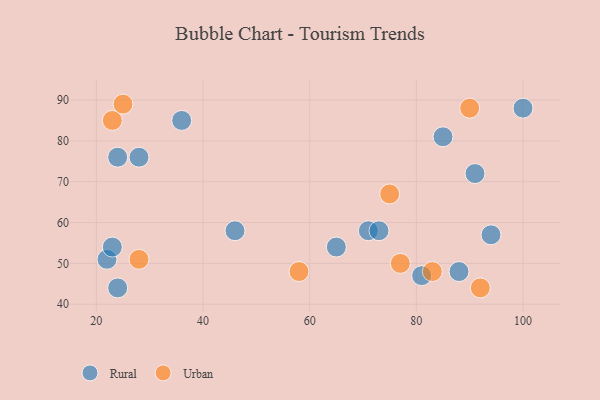
{"axis": {"x": "GDP", "y": "Life Expectancy"}, "legend": ["Rural", "Urban"], "data": [{"x": "24", "y": 76, "type": "Rural"}, {"x": "88", "y": 48, "type": "Rural"}, {"x": "71", "y": 58, "type": "Rural"}, {"x": "24", "y": 44, "type": "Rural"}, {"x": "36", "y": 85, "type": "Rural"}, {"x": "73", "y": 58, "type": "Rural"}, {"x": "100", "y": 88, "type": "Rural"}, {"x": "85", "y": 81, "type": "Rural"}, {"x": "81", "y": 47, "type": "Rural"}, {"x": "22", "y": 51, "type": "Rural"}, {"x": "28", "y": 76, "type": "Rural"}, {"x": "91", "y": 72, "type": "Rural"}, {"x": "94", "y": 57, "type": "Rural"}, {"x": "65", "y": 54, "type": "Rural"}, {"x": "23", "y": 54, "type": "Rural"}, {"x": "46", "y": 58, "type": "Rural"}, {"x": "75", "y": 67, "type": "Urban"}, {"x": "58", "y": 48, "type": "Urban"}, {"x": "23", "y": 85, "type": "Urban"}, {"x": "92", "y": 44, "type": "Urban"}, {"x": "28", "y": 51, "type": "Urban"}, {"x": "77", "y": 50, "type": "Urban"}, {"x": "90", "y": 88, "type": "Urban"}, {"x": "83", "y": 48, "type": "Urban"}, {"x": "25", "y": 89, "type": "Urban"}]}